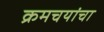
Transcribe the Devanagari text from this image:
क्रमचयांचा